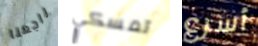
راجعنا تمسكي أسرع